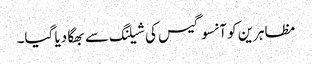
مظاہرین کو آنسو گیس کی شیلنگ سے بھگا دیا گیا۔